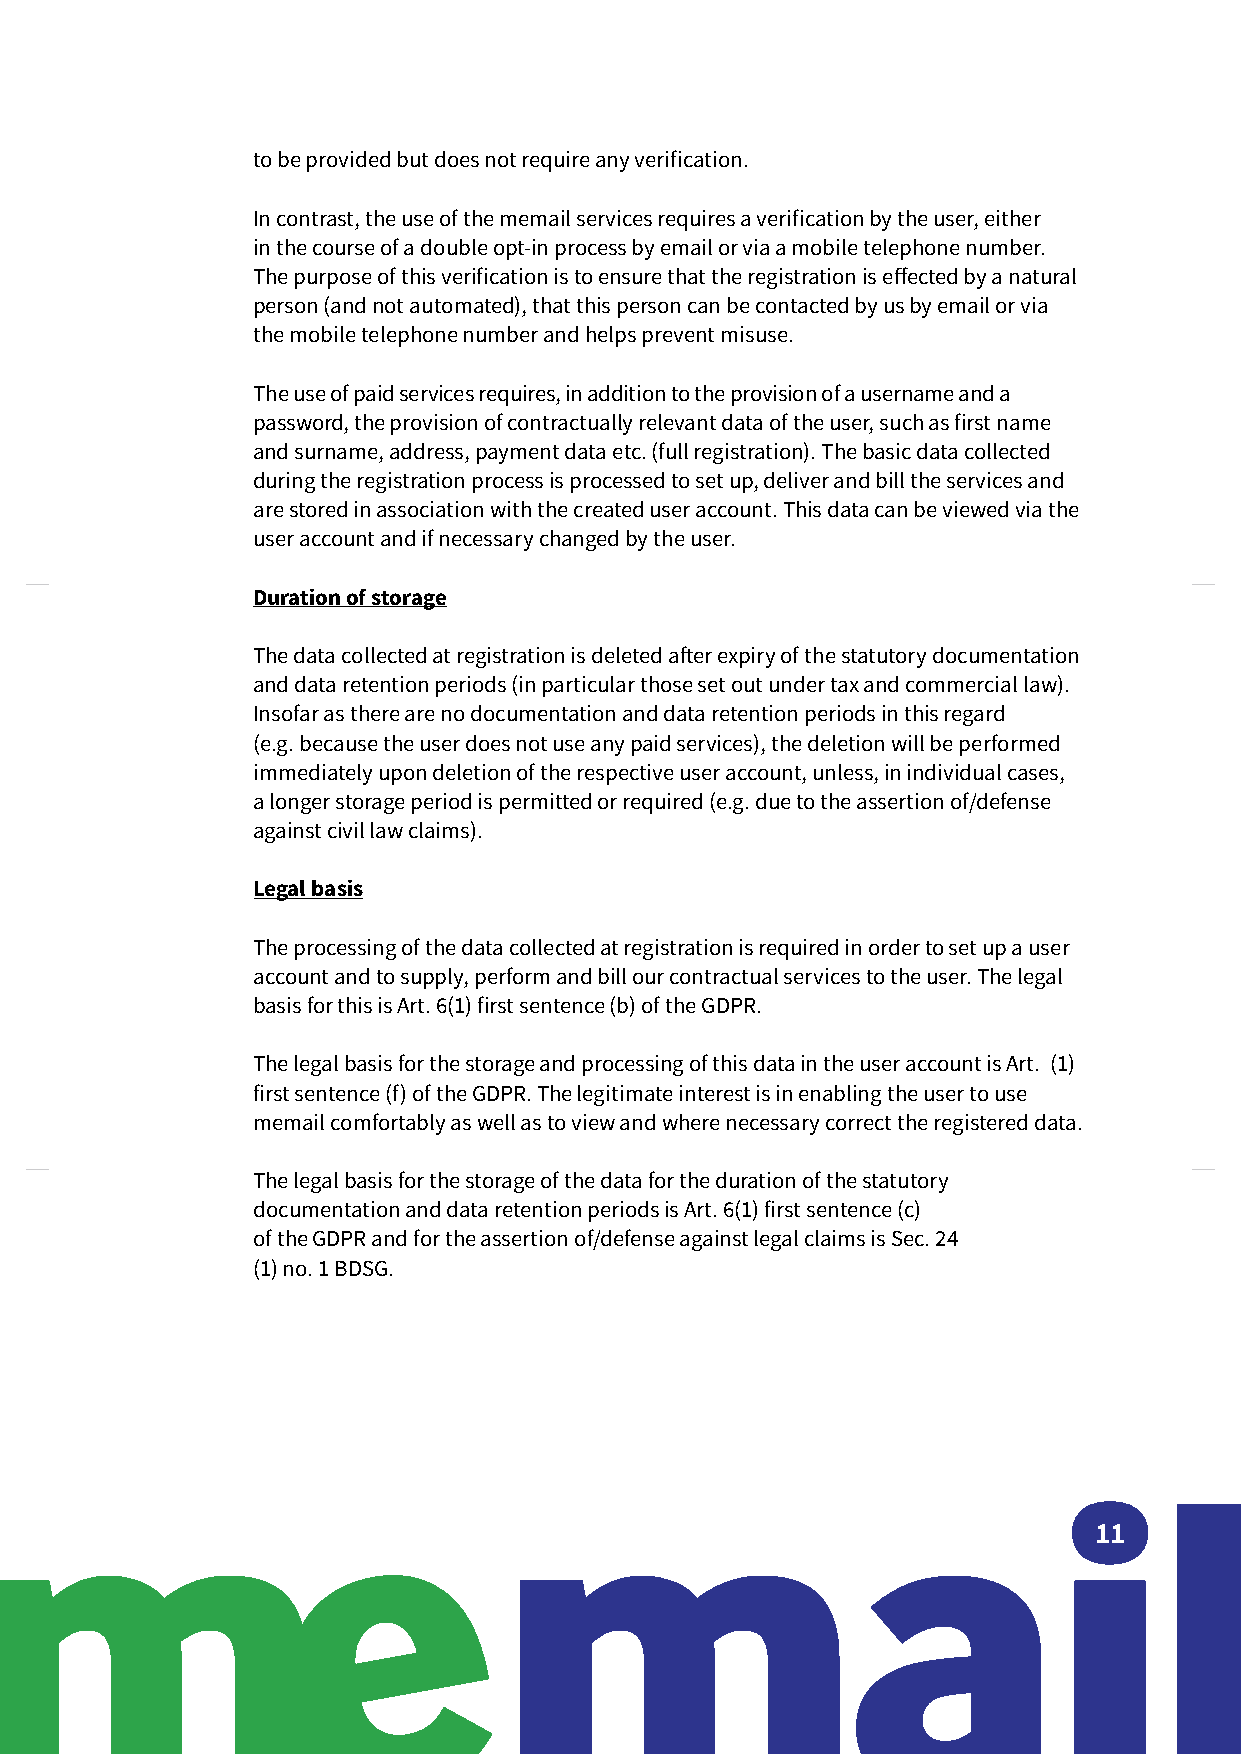
to be provided but does not require any verification.
 In contrast, the use of the memail services requires a verification by the user, either
 in the course of a double opt-in process by email or via a mobile telephone number.
 The purpose of this verification is to ensure that the registration is effected by a natural
 person (and not automated), that this person can be contacted by us by email or via
 the mobile telephone number and helps prevent misuse.
 The use of paid services requires, in addition to the provision of a username and a
 password, the provision of contractually relevant data of the user, such as first name
 and surname, address, payment data etc. (full registration). The basic data collected
 during the registration process is processed to set up, deliver and bill the services and
 are stored in association with the created user account. This data can be viewed via the
 user account and if necessary changed by the user.
 Duration of storage
 The data collected at registration is deleted after expiry of the statutory documentation
 and data retention periods (in particular those set out under tax and commercial law).
 Insofar as there are no documentation and data retention periods in this regard
 (e.g. because the user does not use any paid services), the deletion will be performed
 immediately upon deletion of the respective user account, unless, in individual cases,
 a longer storage period is permitted or required (e.g. due to the assertion of/defense
 against civil law claims).
 Legal basis
 The processing of the data collected at registration is required in order to set up a user
 account and to supply, perform and bill our contractual services to the user. The legal
 basis for this is Art. 6(1) first sentence (b) of the GDPR.
 The legal basis for the storage and processing of this data in the user account is Art. (1)
 first sentence (f) of the GDPR. The legitimate interest is in enabling the user to use
 memail comfortably as well as to view and where necessary correct the registered data.
 The legal basis for the storage of the data for the duration of the statutory
 documentation and data retention periods is Art. 6(1) first sentence (c)
 of the GDPR and for the assertion of/defense against legal claims is Sec. 24
 (1) no. 1 BDSG.
 11